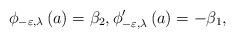
LaTeX: \begin{align*}\phi _{-\varepsilon ,\lambda }\left( a\right) =\beta _{2},\phi _{-\varepsilon ,\lambda }^{\prime }\left( a\right) =-\beta _{1}, \end{align*}